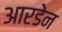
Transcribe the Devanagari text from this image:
आरडेन